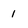
Character: 1